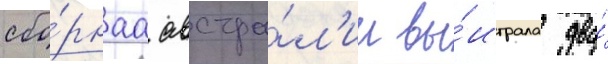
сбо́рнаа австра́л'ии вы́играла два́